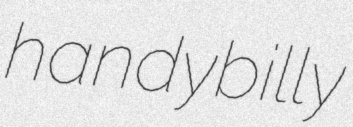
handybilly